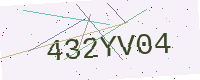
Text: 432YV04